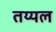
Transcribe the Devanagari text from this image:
तय्यल